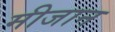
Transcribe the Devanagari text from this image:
मीजान